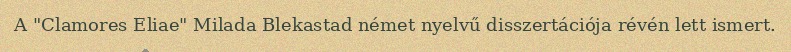
A "Clamores Eliae" Milada Blekastad német nyelvű disszertációja révén lett ismert.